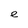
Character: e